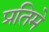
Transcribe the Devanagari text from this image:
प्रतिमे